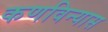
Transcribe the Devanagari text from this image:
कणविन्यास